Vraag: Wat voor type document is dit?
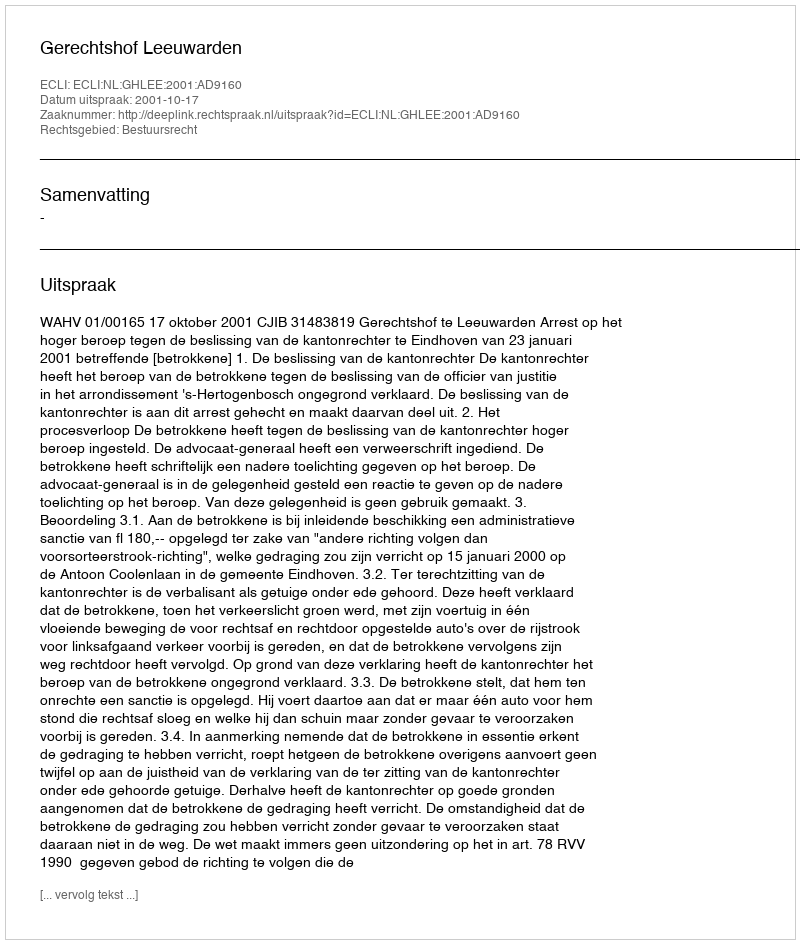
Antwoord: Uitspraak